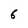
Character: 6